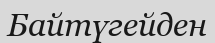
Байтүгейден